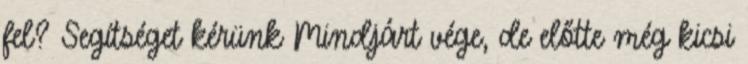
fel? Segítséget kérünk Mindjárt vége, de előtte még kicsi